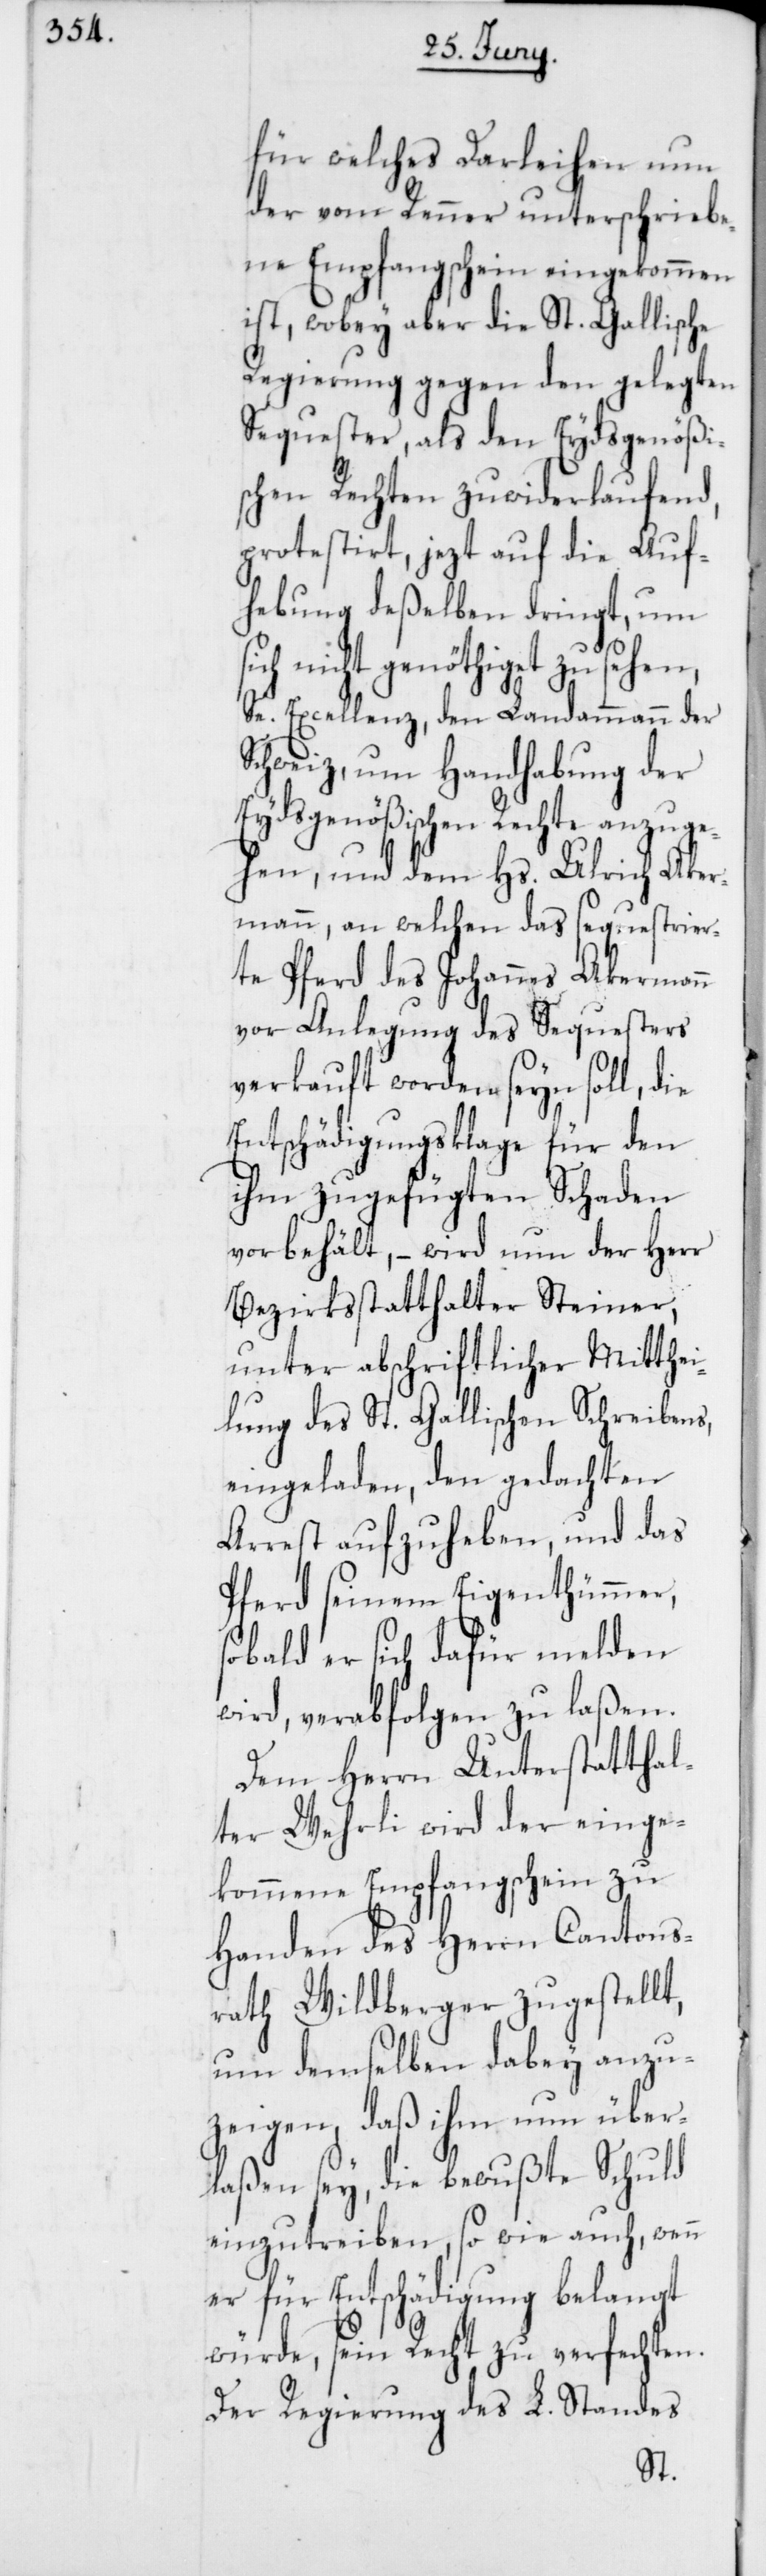
für welches Darleihen nun
der vom Renner unterschriebe¬
ne Empfangschein eingekommen
ist, wobey aber die St. Gallische
Regierung gegen den gelegten
Sequester, als den Eydsgenößi¬
schen Rechten zuwiderlaufend,
protestirt, jezt auf die Auf¬
hebung deßelben dringt, um
nicht genöthiget zu sehen,
Se. Excellenz, den Landammann der
Schweiz, um Handhabung der
Eydsgenößischen Rechte anzuge¬
hen, und dem Hs. Ulrich Aker¬
mann, an welchen das sequestrier¬
te Pferd des Johannes Akermann
vor Anlegung des Sequesters
verkauft worden seyn soll, die
Entschädigungsklage für den
ihm zugefügten Schaden
vorbehält, – wird nun der Herr
Bezirksstatthalter Steiner,
unter abschriftlicher Mitthei¬
lung des St. Gallischen Schreibens,
eingeladen, den gedachten
Arrest aufzuheben, und das
Pferd seinem Eigenthümmer,
sobald er sich dafür melden
wird, verabfolgen zu laßen.
Dem Herrn Unterstatthal¬
ter Wehrli wird der einge¬
kommene Empfangschein zu
Handen des Herrn Cantons¬
rath Wildberger zugestellt,
um demselben dabey anzu¬
zeigen, daß ihm nun über¬
laßen sey, die bewußte Schuld
einzutreiben, so wie auch, wenn
er für Entschädigung belangt
würde, sein Recht zu verfechten.
Der Regierung des L. Standes